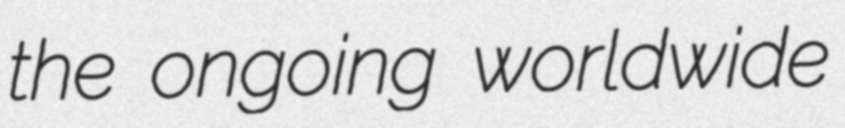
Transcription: the ongoing worldwide